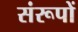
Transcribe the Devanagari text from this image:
संरूपों